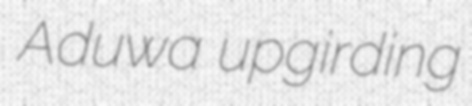
Aduwa upgirding